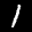
Label: 1